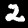
Digit: 2